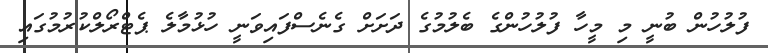
ފުލުހުން ބުނީ މި މީހާ ފުލުހުންގެ ބެލުމުގެ ދަށަށް ގެނެސްފައިވަނީ ހުޅުމާލެ ޕެޓްރޯލްކުރުމުގައި